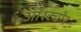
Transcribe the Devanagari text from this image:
ऑस्ट्योर